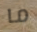
ما